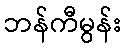
ဘန်ကီမွန်း